Statistical return of the lunatic asylum in Assam - 1912-1932
Year: 1912
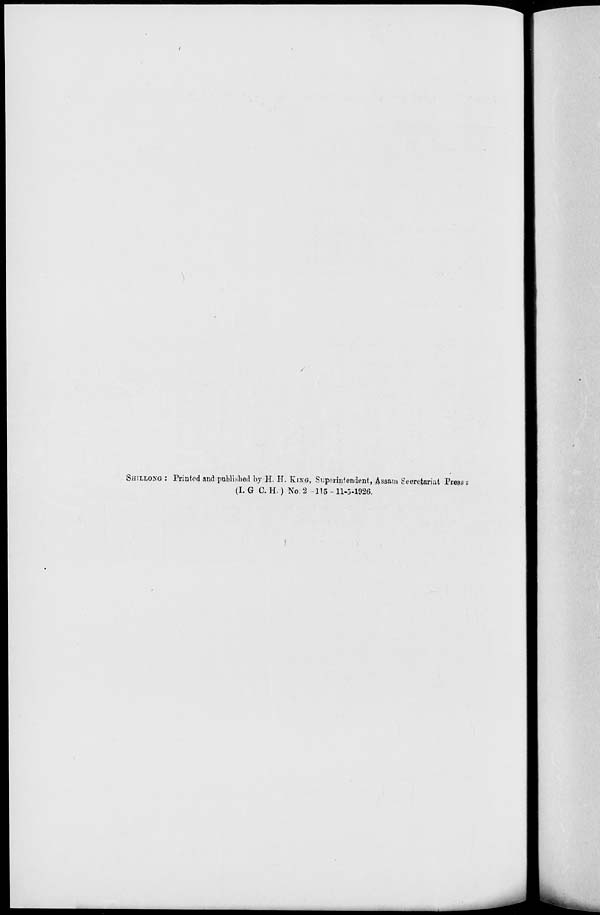
SHILLONG : Printed and published by H. H. KIXG, Superintendent, Assam Secretariat Presc
(I. G C. H.) No. 2 115 -11-5-1926.